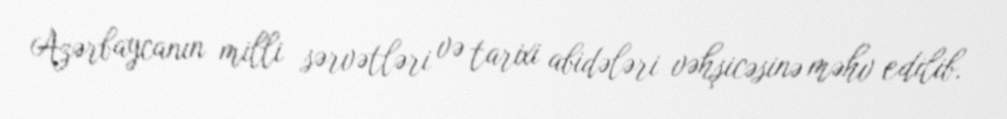
Azərbaycanın milli sərvətləri və tarixi abidələri vəhşicəsinə məhv edilib.